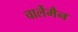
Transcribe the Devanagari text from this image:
चार्लेमैन